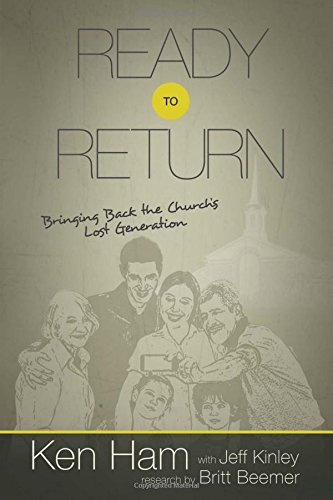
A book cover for Ready to Return: Bringing Back the Church's Lost Generation; Ken Ham; Christian Books & Bibles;